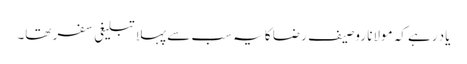
یاد رہے کہ مولانا روصیف رضا کا یہ سب سے پہلا تبلیغی سفر تھا۔